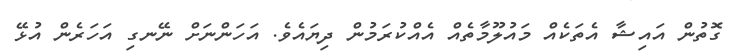
ގޮތުން އައިޝާ އެތަކެއް މައުލޫމާތެއް އެއްކުރަމުން ދިޔައެވެ. އަހަންނަށް ނޭނގި އަހަރެން އުޅޭ